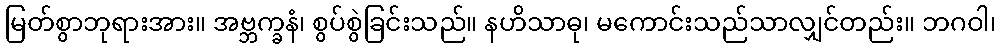
မြတ်စွာဘုရားအား။ အဗ္ဘက္ခနံ၊ စွပ်စွဲခြင်းသည်။ နဟိသာဓု၊ မကောင်းသည်သာလျှင်တည်း။ ဘဂဝါ၊